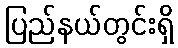
ပြည်နယ်တွင်းရှိ